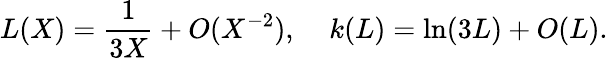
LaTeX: L(X)={\frac{1}{3X}}+O(X^{-2}),\; \; \; \; k(L)=\ln(3L)+O(L).